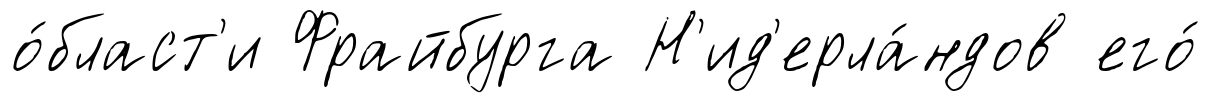
о́бласт'и Фрайбурга Н'ид'ерла́ндов его́